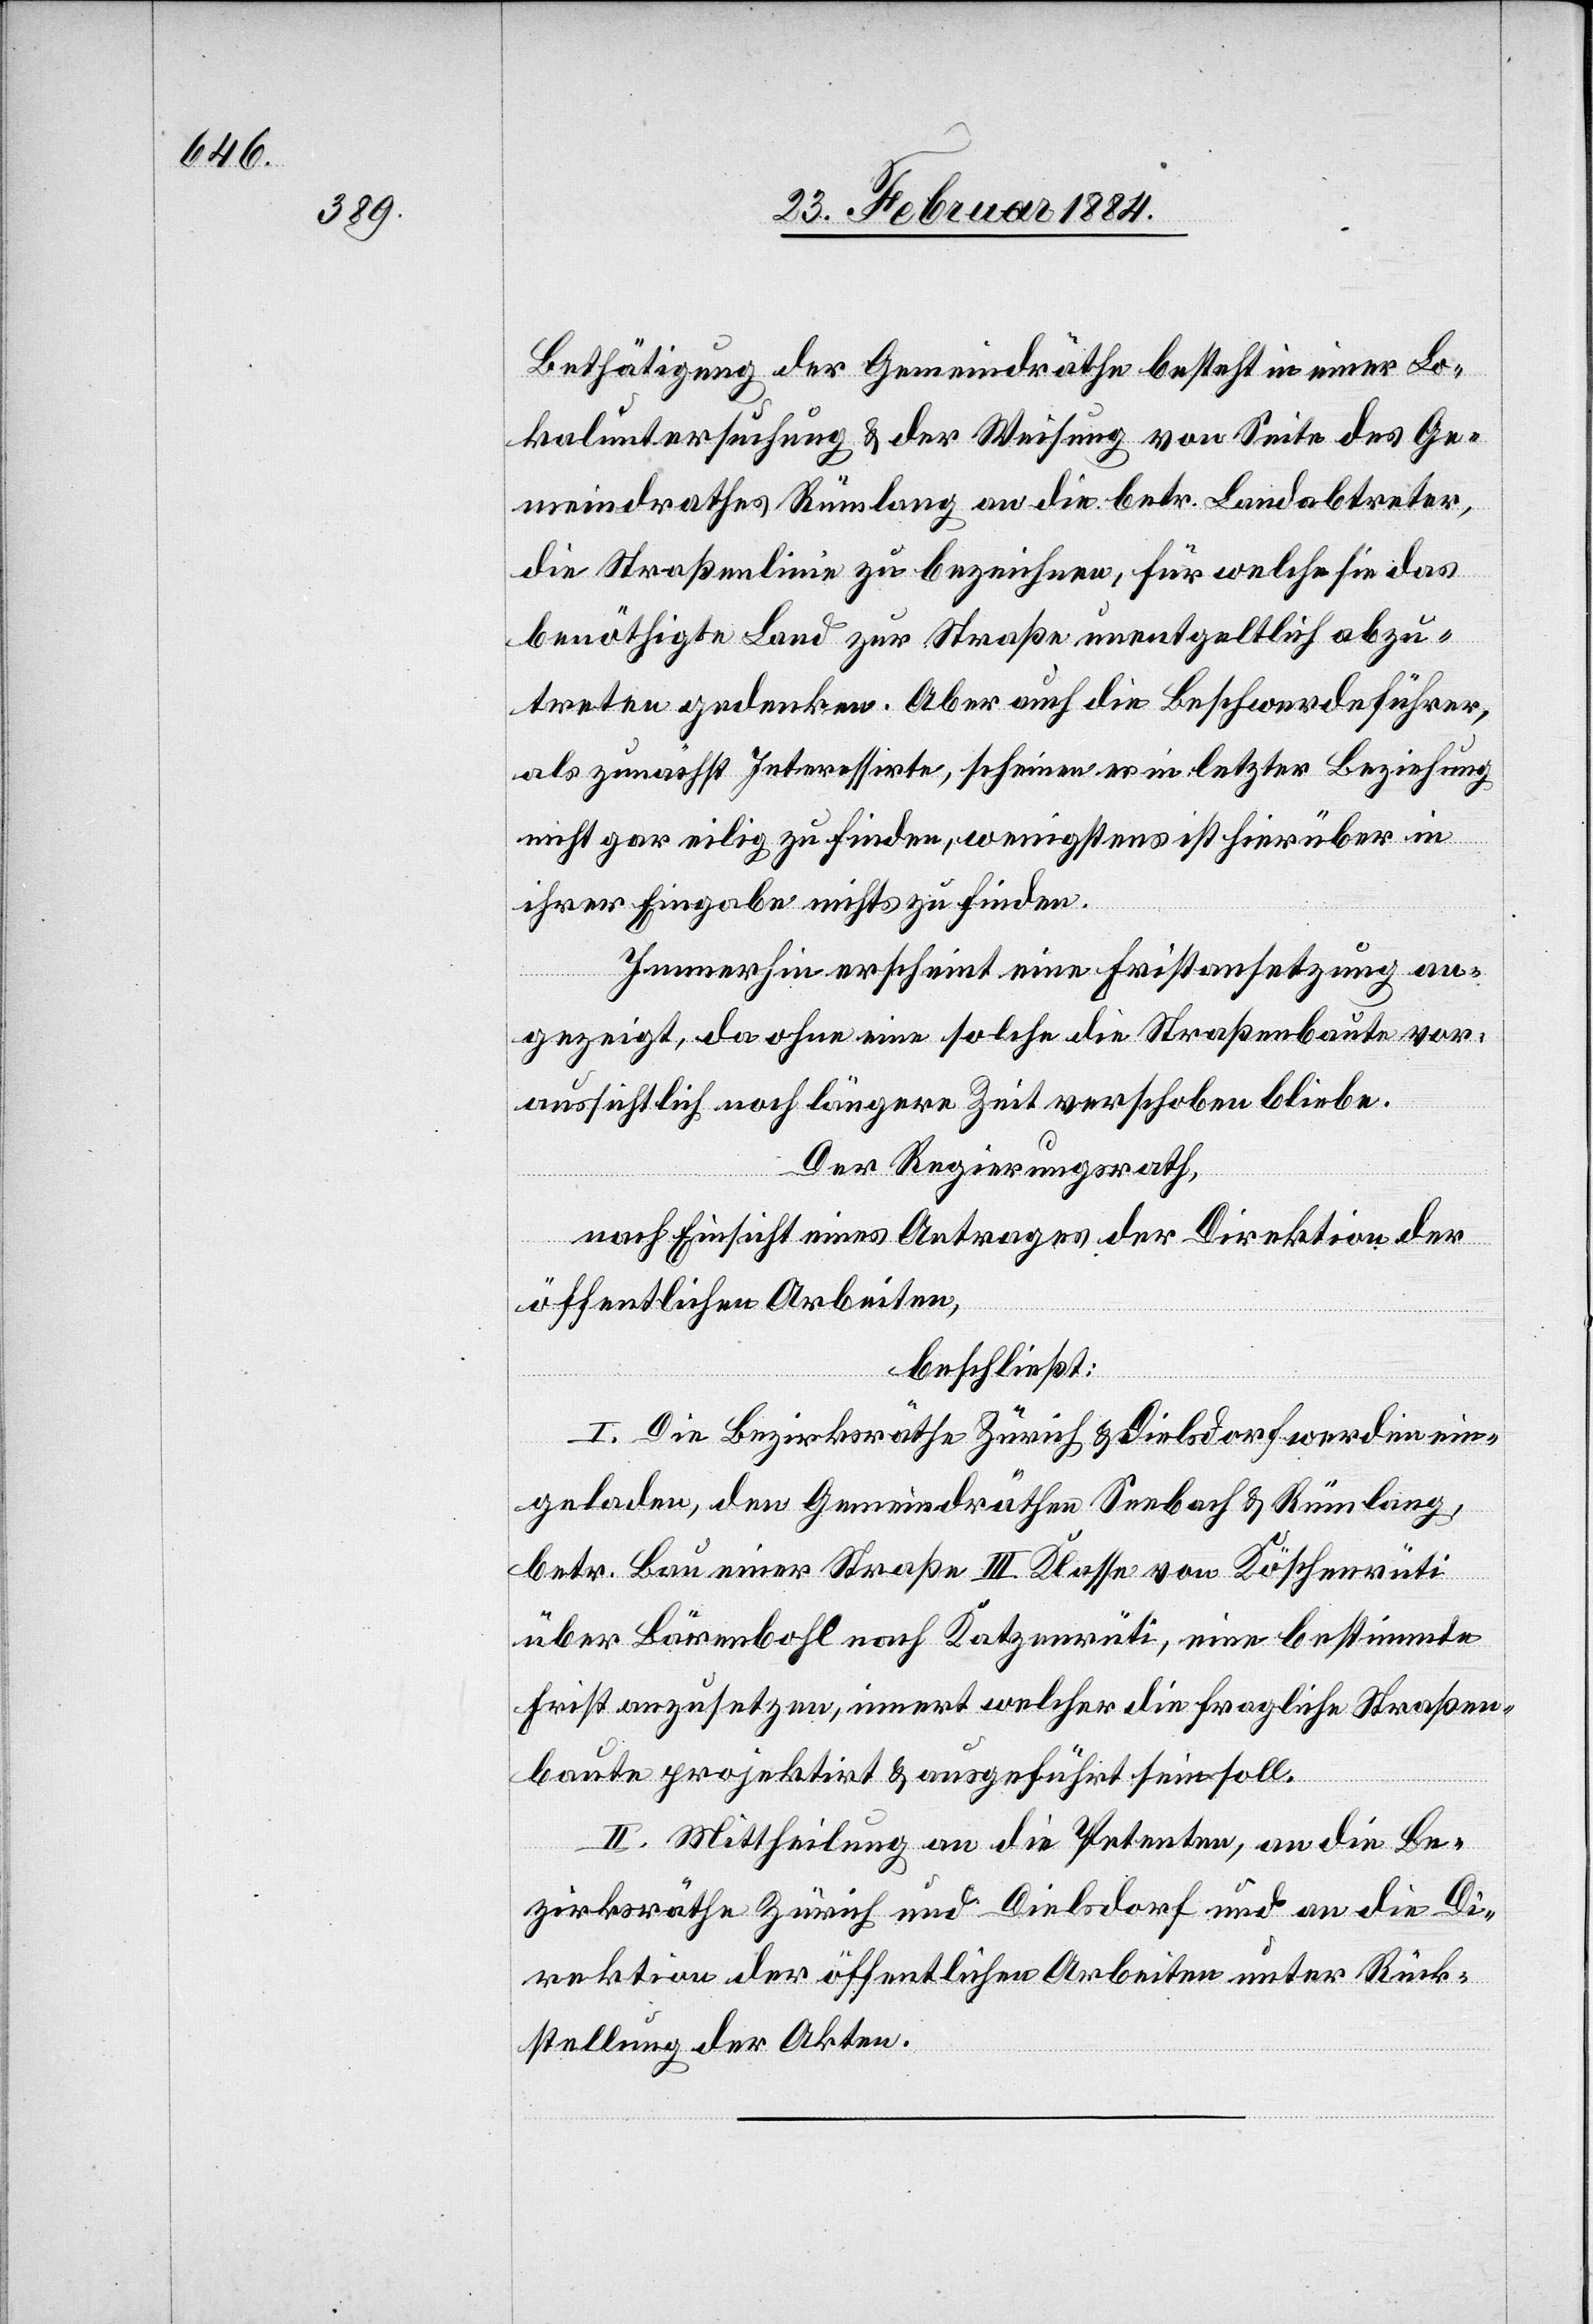
Bethätigung der Gemeindräthe besteht in einer Lo¬
kaluntersuchung & der Weisung von Seite des Ge¬
meindrathes Rümlang an die betr. Landabtreter,
die Straßenlinie zu bezeichnen, für welche sie das
benöthigte Land zur Straße unentgeltlich abzu¬
treten gedenken. Aber auch die Beschwerdeführer,
als zunächst Interessirte, scheinen es in letzter Beziehung
nicht gar eilig zu finden, wenigstens ist hierüber in
ihrer Eingabe nichts zu finden.
Immerhin erscheint eine Fristansetzung an¬
gezeigt, da ohne eine solche die Straßenbaute vor¬
aussichtlich noch längere Zeit verschoben bleibe.
Der Regierungsrath,
nach Einsicht eines Antrages der Direktion der
öffentlichen Arbeiten,
beschließt:
I. Die Bezirksräthe Zürich & Dielsdorf werden ein¬
geladen, den Gemeindräthen Seebach & Rümlang,
betr. Bau einer Straße III. Klasse von Köschenrüti
über Bärenbohl nach Katzenrüti, eine bestimmte
Frist anzusetzen, innert welcher die fragliche Straßen¬
baute projektirt & ausgeführt sein soll.
II. Mittheilung an die Petenten, an die Be¬
zirksräthe Zürich und Dielsdorf und an die Di¬
rektion der öffentlichen Arbeiten unter Rück¬
stellung der Akten.